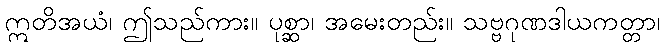
ဣတိအယံ၊ ဤသည်ကား။ ပုစ္ဆာ၊ အမေးတည်း။ သဗ္ဗဂုဏဒါယကတ္တာ၊